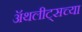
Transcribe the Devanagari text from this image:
ॲथलीट्सच्या